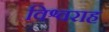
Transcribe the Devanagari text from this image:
विश्वराह